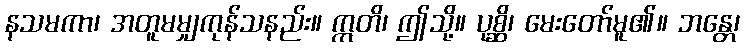
နသမကာ၊ အတူမမျှကုန်သနည်း။ ဣတိ၊ ဤသို့။ ပုစ္ဆိ၊ မေးတော်မူ၏။ ဘန္တေ၊